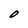
Character: 0